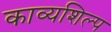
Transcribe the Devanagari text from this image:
काव्यशिल्प